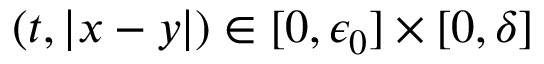
( t , | x - y | ) \in [ 0 , \epsilon _ { 0 } ] \times [ 0 , \delta ]